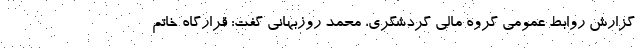
گزارش روابط عمومی گروه مالی گردشگری، محمد روزبهانی گفت: قرارگاه خاتم